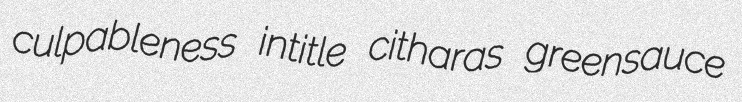
culpableness intitle citharas greensauce